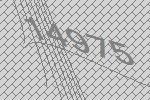
14975